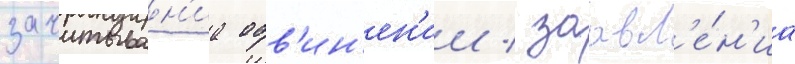
зачитыван'иа обв'ин'ен'ии / заавл'е́н'иа